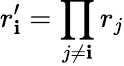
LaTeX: r_{\mathbf{i}}^{\prime}=\prod_{j\neq\mathbf{i}}r_{j}